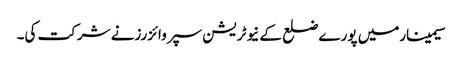
سیمینارمیں پورے ضلع کے نیوٹریشن سپروائزرزنے شرکت کی۔